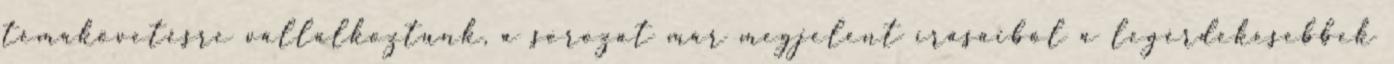
témakövetésre vállalkoztunk, a sorozat már megjelent írásaiból a legérdekesebbek